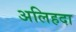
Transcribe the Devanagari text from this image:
अलिहदा